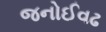
જનોઈવઢ